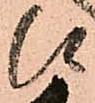
候